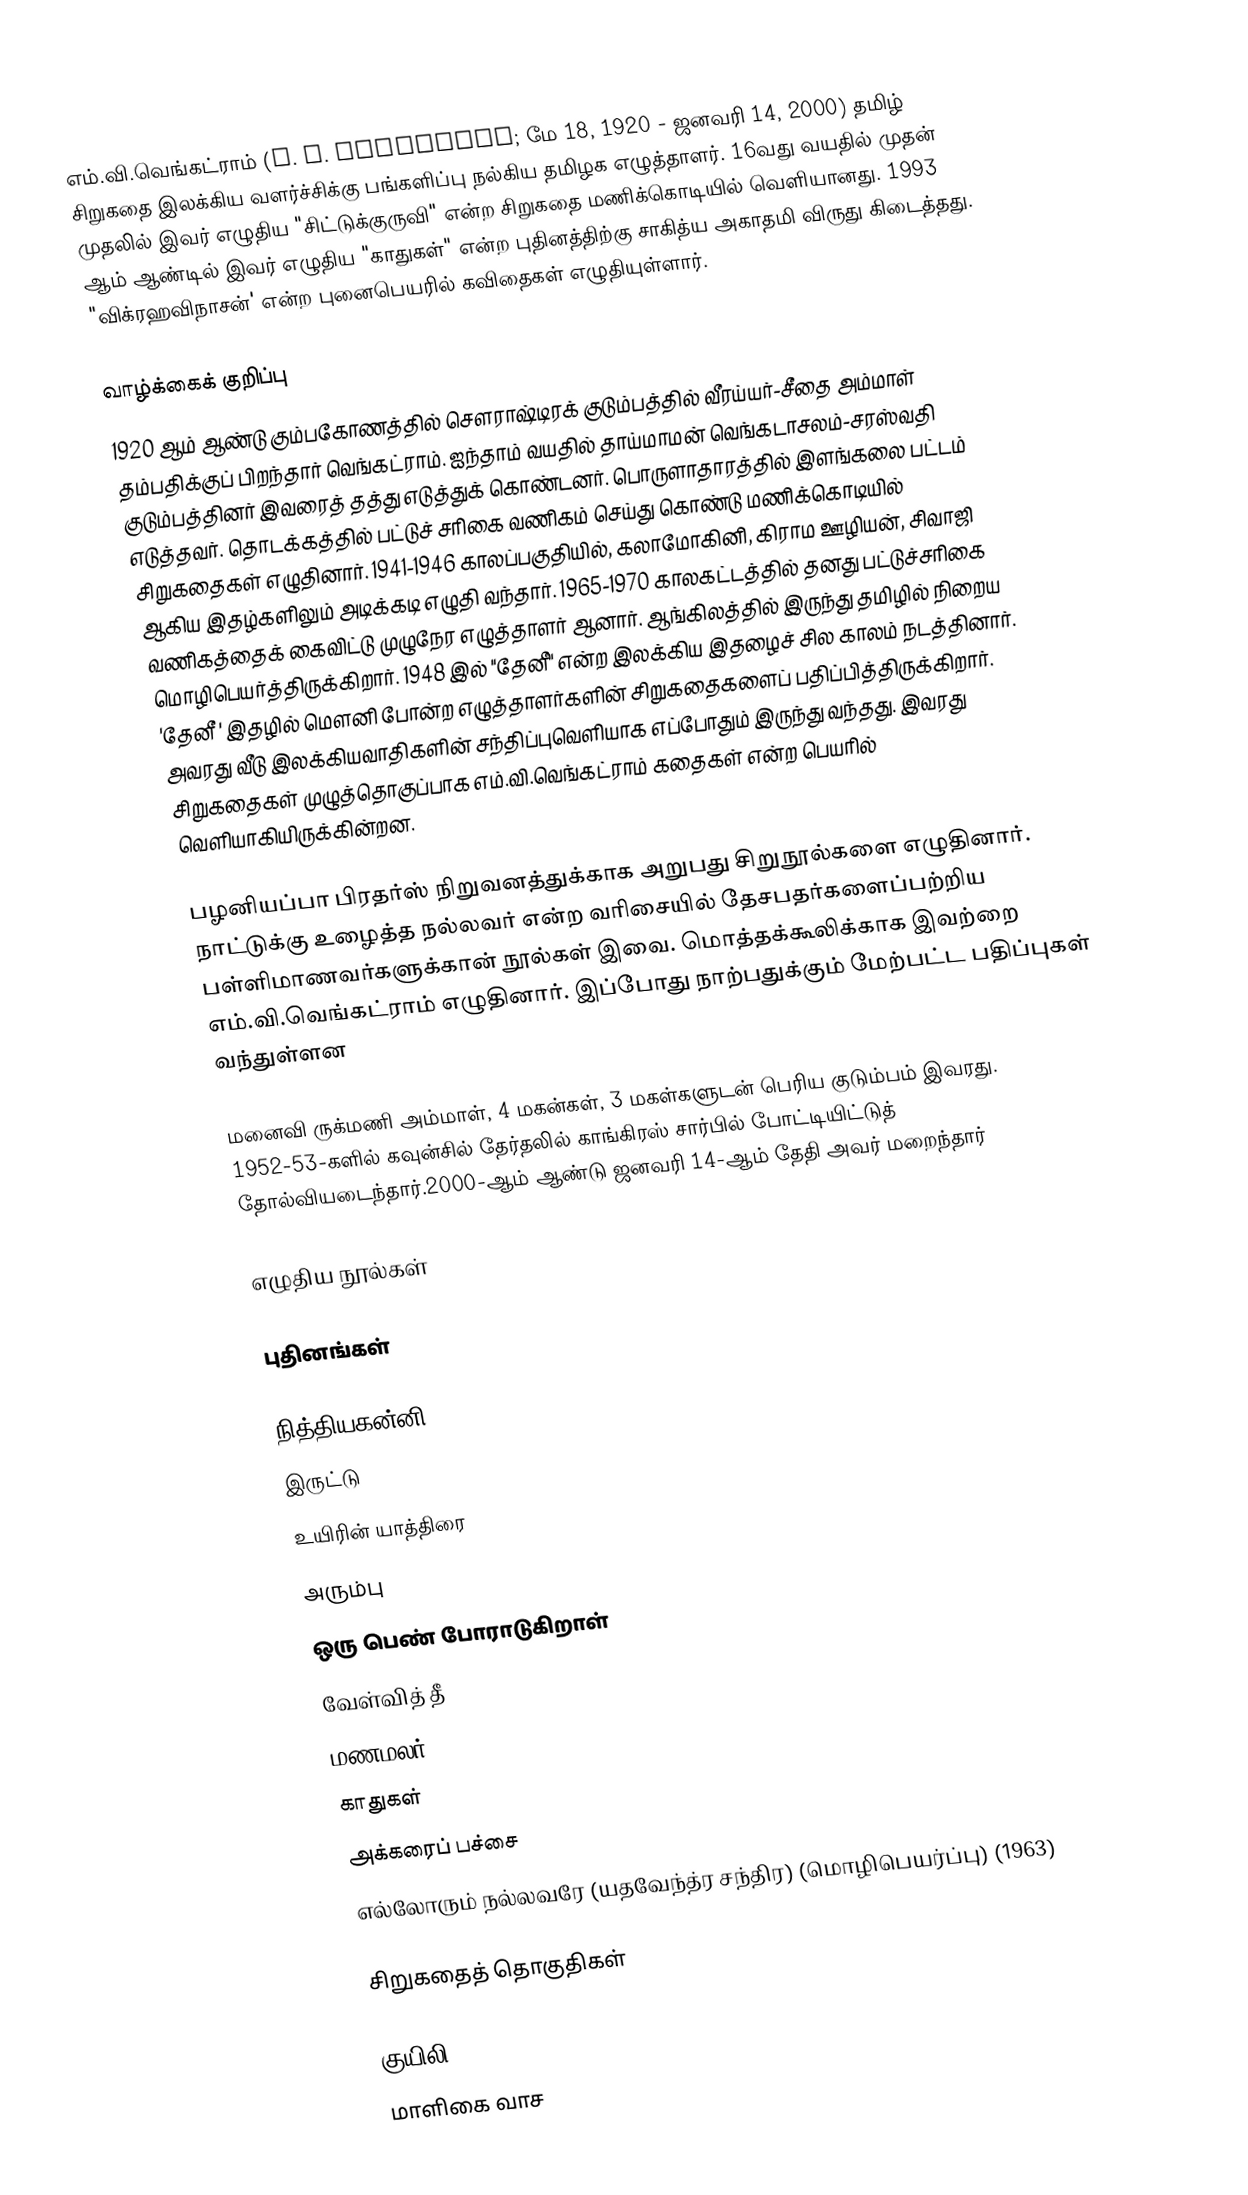
எம்.வி.வெங்கட்ராம் (M. V. Venkatram; மே 18, 1920 - ஜனவரி 14, 2000) தமிழ் சிறுகதை இலக்கிய வளர்ச்சிக்கு பங்களிப்பு நல்கிய தமிழக எழுத்தாளர். 16வது வயதில் முதன் முதலில் இவர் எழுதிய "சிட்டுக்குருவி" என்ற சிறுகதை மணிக்கொடியில் வெளியானது. 1993 ஆம் ஆண்டில் இவர் எழுதிய "காதுகள்" என்ற புதினத்திற்கு சாகித்ய அகாதமி விருது கிடைத்தது. "விக்ரஹவிநாசன்' என்ற புனைபெயரில் கவிதைகள் எழுதியுள்ளார்.

வாழ்க்கைக் குறிப்பு
1920 ஆம் ஆண்டு கும்பகோணத்தில் சௌராஷ்டிரக் குடும்பத்தில் வீரய்யர்-சீதை அம்மாள் தம்பதிக்குப் பிறந்தார் வெங்கட்ராம். ஐந்தாம் வயதில் தாய்மாமன் வெங்கடாசலம்-சரஸ்வதி குடும்பத்தினர் இவரைத் தத்து எடுத்துக் கொண்டனர். பொருளாதாரத்தில் இளங்கலை பட்டம் எடுத்தவர். தொடக்கத்தில் பட்டுச் சரிகை வணிகம் செய்து கொண்டு மணிக்கொடியில் சிறுகதைகள் எழுதினார். 1941-1946 காலப்பகுதியில், கலாமோகினி, கிராம ஊழியன், சிவாஜி ஆகிய இதழ்களிலும் அடிக்கடி எழுதி வந்தார். 1965-1970 காலகட்டத்தில் தனது பட்டுச்சரிகை வணிகத்தைக் கைவிட்டு முழுநேர எழுத்தாளர் ஆனார். ஆங்கிலத்தில் இருந்து தமிழில் நிறைய மொழிபெயர்த்திருக்கிறார். 1948 இல் "தேனீ" என்ற இலக்கிய இதழைச் சில காலம் நடத்தினார். 'தேனீ ' இதழில் மௌனி போன்ற எழுத்தாளர்களின் சிறுகதைகளைப் பதிப்பித்திருக்கிறார்.  அவரது வீடு இலக்கியவாதிகளின் சந்திப்புவெளியாக எப்போதும் இருந்து வந்தது. இவரது சிறுகதைகள் முழுத்தொகுப்பாக எம்.வி.வெங்கட்ராம் கதைகள் என்ற பெயரில் வெளியாகியிருக்கின்றன.

பழனியப்பா பிரதர்ஸ் நிறுவனத்துக்காக அறுபது சிறுநூல்களை எழுதினார். நாட்டுக்கு உழைத்த நல்லவர் என்ற வரிசையில் தேசபதர்களைப்பற்றிய பள்ளிமாணவர்களுக்கான் நூல்கள் இவை. மொத்தக்கூலிக்காக இவற்றை எம்.வி.வெங்கட்ராம் எழுதினார். இப்போது நாற்பதுக்கும் மேற்பட்ட பதிப்புகள் வந்துள்ளன

மனைவி ருக்மணி அம்மாள், 4 மகன்கள், 3 மகள்களுடன் பெரிய குடும்பம் இவரது. 1952-53-களில் கவுன்சில் தேர்தலில் காங்கிரஸ் சார்பில் போட்டியிட்டுத் தோல்வியடைந்தார்.2000-ஆம் ஆண்டு ஜனவரி 14-ஆம் தேதி அவர் மறைந்தார்

எழுதிய நூல்கள்

புதினங்கள்

நித்தியகன்னி
இருட்டு
உயிரின் யாத்திரை
அரும்பு
ஒரு பெண் போராடுகிறாள்
வேள்வித் தீ
மணமலர்
காதுகள்
அக்கரைப் பச்சை
எல்லோரும் நல்லவரே (யதவேந்த்ர சந்திர) (மொழிபெயர்ப்பு) (1963)

சிறுகதைத் தொகுதிகள்

குயிலி (1964)
மாளிகை வாச